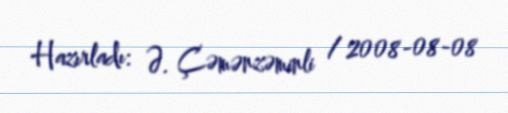
Hazırladı: Ə. Çəmənzəminli / 2008-08-08